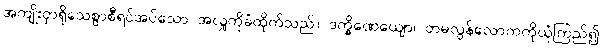
အကျိုးငှာရိုသေစွာစီရင်အပ်သော အလှူကိုခံထိုက်သည်။ ဒက္ခိဏေယျော၊ တမလွန်လောကကိုယုံကြည်၍